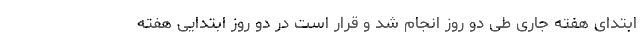
ابتدای هفته جاری طی دو روز انجام شد و قرار است در دو روز ابتدایی هفته